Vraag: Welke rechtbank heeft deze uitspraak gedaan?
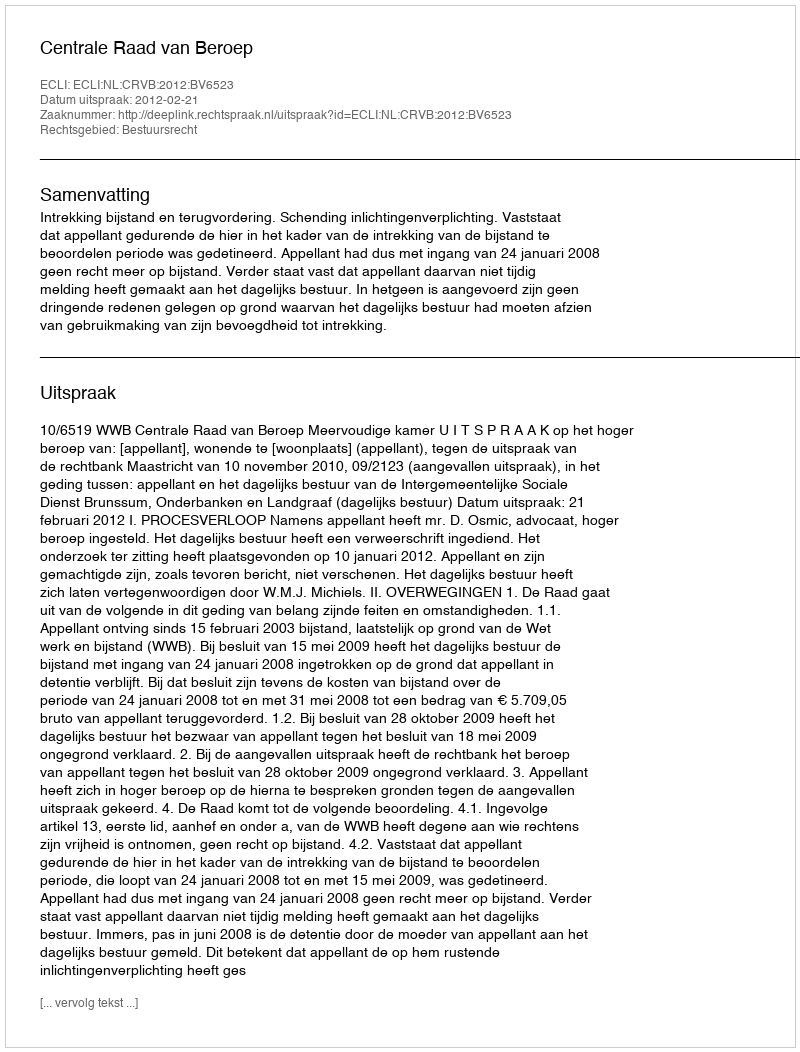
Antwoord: Centrale Raad van Beroep